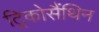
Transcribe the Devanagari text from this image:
ट्रिकोसैंथिन